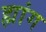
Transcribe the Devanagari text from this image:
ह्मांग